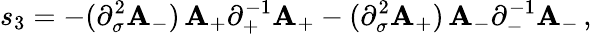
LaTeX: s_{3}=-(\partial_{\sigma}^{2}\mathbf{A}_{-})\, \mathbf{A}_{+}\partial_{+}^{-1}\mathbf{A}_{+}-(\partial_{\sigma}^{2}\mathbf{A}_{+})\, \mathbf{A}_{-}\partial_{-}^{-1}\mathbf{A}_{-}\, ,